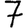
Digit: 7